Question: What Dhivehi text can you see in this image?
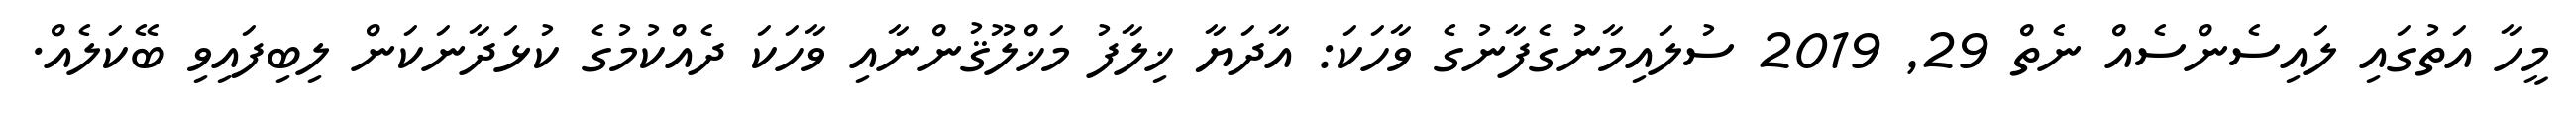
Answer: މީހާ އަތުގައި ލައިސެންސެއް ނެތް 29, 2019 ސުލައިމާނުގެފާނުގެ ވާހަކަ: އާދަޔާ ޚިލާފު މަޚްލޫޤުންނާއި ވާހަކަ ދެއްކުމުގެ ކުޅަދާނަކަން ލިބިފައިވި ބޭކަލެއް.